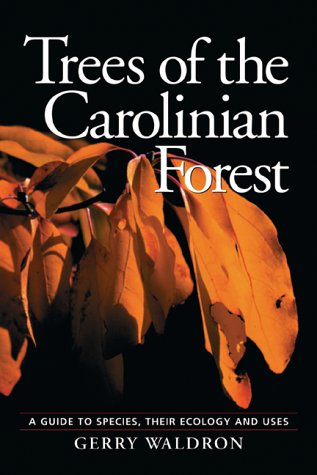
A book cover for Trees of the Carolinian Forest: A Guide to Species, Their Ecology and Uses; Gerry Waldron; Crafts, Hobbies & Home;